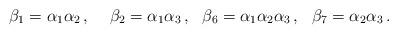
LaTeX: \begin{align*}\begin{array}{llll}\beta_{1}=\alpha_{1}\alpha_{2}\,,~&\beta_{2}=\alpha_{1}\alpha_{3}\,,&\beta_{6}=\alpha_{1}\alpha_{2}\alpha_{3}\,,&\beta_{7}=\alpha_{2}\alpha_{3}\,.\end{array}\end{align*}